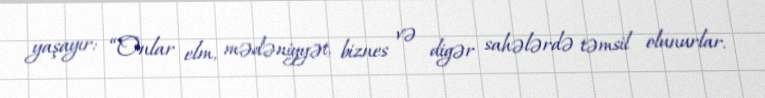
yaşayır: “Onlar elm, mədəniyyət, biznes və digər sahələrdə təmsil olunurlar.